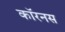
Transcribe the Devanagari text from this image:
कॉरनस